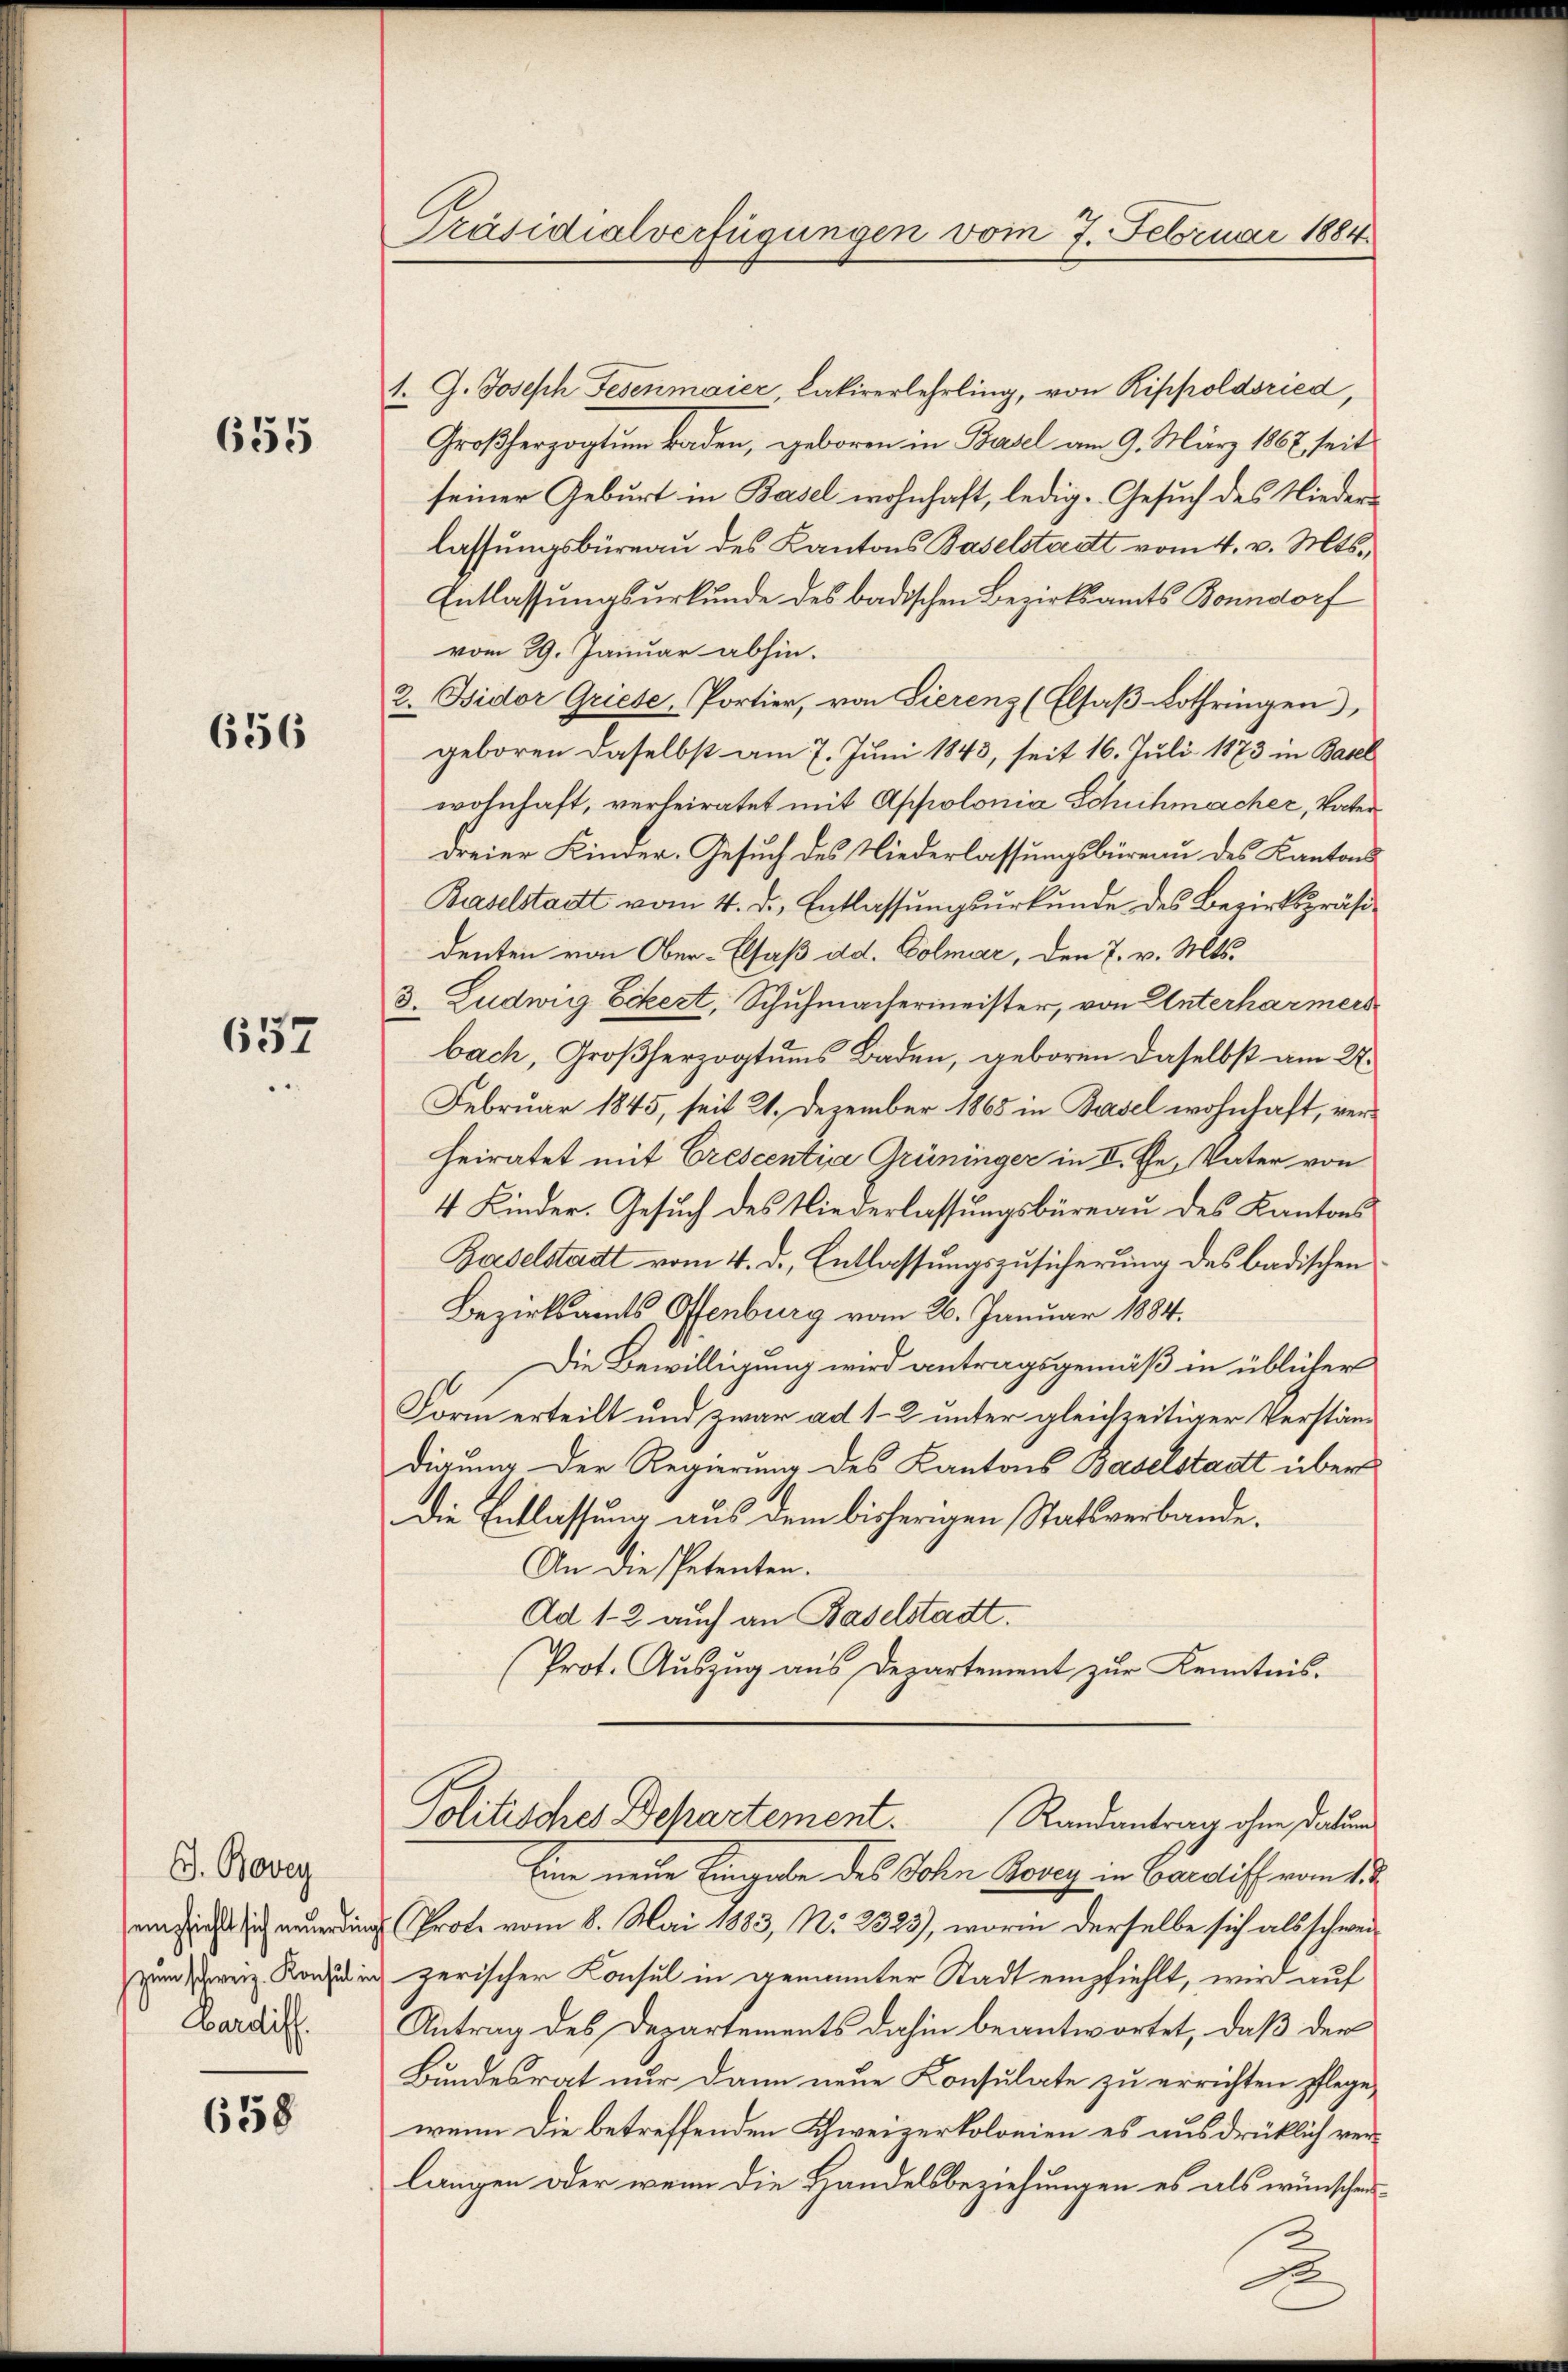
655

636

657

G. Bovey
sempfiehlt sich neuerding
zum schweiz. Konsul in
Bardiff.

658

Präsidialverfügungen vom 7. Februar 1884

1. G. Joseph Fesenmaier, Lakirerlehrling, von Rippoldsried,
Großherzogtum Baden, geboren in Basel am 9. März 1862 seit
seiner Geburt in Basel wohnhaft, ledig- Gesuch des Niederlassungsbüreau des Kantons Baselstadt vom 4. v. Mts.
Entlassungsurkunde des badischen Bezirksamts Bonndorf
vom 29. Januar abhin.
2. Bidor Griese, Portier, von Sierenz (Elsaß Lothringen),
geboren daselbst am 7. Juni 1843, seit 16. Juli 1873 in Basel
wohnhaft, verleiratet mit Appolonia Schuhmacher, Vater
dreier Kinder-Gesuch des Niederlassungsbüreau des Kantons
Baselstatt vom 4. d. Entlassungsurkunde des Bezirkspräsidenten von Ober-Elsaß ad. Colmar, den 7. v. Mts.
3. Ludwig Eckert, Schuhmachermeister, von Unterharmers
bach, Großherzogtums Baden, geboren daselbst am 27.
Februar 1845, seit 21. Dezember 1865 in Basel wohnhaft, verheiratet mit Crescentia Grüninger in V. Ehe, Vater von
4 Kinder. Gesuch des Niederlassungsbüreau des Kantons
Baselstadt vom 4. d. Entlassungszusicherung des badischen
Bezirksamts, Offenburg vom 26. Januar 1884.
Die Bewilligung wird antragsgemäß in üblicher
Form erteilt und zwar ad 1. 2 unter gleichzeitiger Verständigung der Regierung des Kantons Baselstadt über
Die Entlassung aus dem bisherigen Statsverbande.
An die Petenten.
Ad 1-2 auch an Baselstadt.
Prot. Auszug aus Departement zur Kenntnis.

Politisches Departement. Randantrag ohne Datum

Eine neue Eingabe des John Rovey in Barriff vom 1. 2.
Prote vom 8. Mai 1883, No 2323), worin derselbe sich als schweizerischer Konsul in genannter Stadt empfiehlt, wird auf
Antrag des Departements dahin beantwortet, daß der
Bundesrat nur dann neue Konsulate zu errichten pflege,
wenn die betreffenden Schweizerkolonien es ausdrücklich verlängen oder wenn die Handelsbeziehungen es als wünschen

e